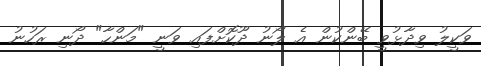
ވަކީލު ވިދާޅުވީ ބޭންކުން އެ ލޯނު ދޫކޮށްފައި ވަނީ "މަންހާ" ދޯނި ރަހުނު